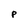
Character: p